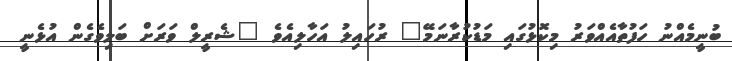
ބުނީމެއްނު ހަފުތާއެއްވަރު މިކޮޅުގައި މަޑުކުރާނަމޭ" ރުހައިލު އަހާލިއެވެ "ޝެރީލް ވަރަށް ބަލިވެގެން އުޅެނީ